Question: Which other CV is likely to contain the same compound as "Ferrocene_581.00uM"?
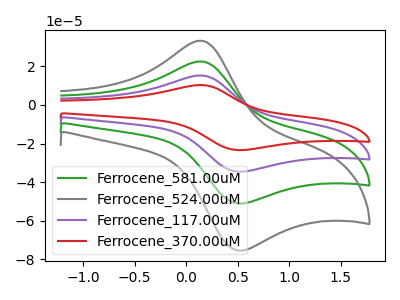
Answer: <think>The green curve "Ferrocene_581.00uM" has an anodic peak at (0.15V, 22.50uA) and a cathodic peak at (0.50V, -50.95uA). The gray curve "Ferrocene_524.00uM" has an anodic peak at (0.15V, 33.25uA) and a cathodic peak at (0.50V, -75.30uA). The purple curve "Ferrocene_117.00uM" has an anodic peak at (0.15V, 45.05uA) and a cathodic peak at (0.50V, -101.95uA). The red curve "Ferrocene_370.00uM" has an anodic peak at (0.15V, 67.55uA) and a cathodic peak at (0.50V, -152.90uA).
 All the peaks in "Ferrocene_581.00uM" have a peak in "Ferrocene_524.00uM" at the same potential. Every peak in "Ferrocene_581.00uM" is lower than every peak in "Ferrocene_524.00uM". All the peaks in "Ferrocene_581.00uM" have a peak in "Ferrocene_117.00uM" at the same potential. Every peak in "Ferrocene_581.00uM" is lower than every peak in "Ferrocene_117.00uM". All the peaks in "Ferrocene_581.00uM" have a peak in "Ferrocene_370.00uM" at the same potential. Every peak in "Ferrocene_581.00uM" is lower than every peak in "Ferrocene_370.00uM". All the peaks in "Ferrocene_524.00uM" have a peak in "Ferrocene_117.00uM" at the same potential. Every peak in "Ferrocene_524.00uM" is lower than every peak in "Ferrocene_117.00uM". All the peaks in "Ferrocene_524.00uM" have a peak in "Ferrocene_370.00uM" at the same potential. Every peak in "Ferrocene_524.00uM" is lower than every peak in "Ferrocene_370.00uM". All the peaks in "Ferrocene_117.00uM" have a peak in "Ferrocene_370.00uM" at the same potential. Every peak in "Ferrocene_117.00uM" is lower than every peak in "Ferrocene_370.00uM".</think>
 <answer>"Ferrocene_581.00uM", "Ferrocene_117.00uM" and "Ferrocene_370.00uM" have a similar shape to "Ferrocene_524.00uM".</answer>
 <eval>"Ferrocene_581.00uM" "Ferrocene_117.00uM" "Ferrocene_370.00uM"</eval>